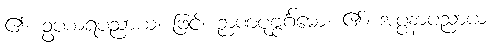
၏။ ဥပစာရပညာယ၊ ဖြင့်။ ဉာဏပုဗ္ဗင်္ဂမော၊ ၏။ အပ္ပနာပညာယ၊